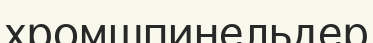
хромшпинельдер